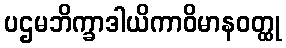
ပဌမဘိက္ခာဒါယိကာဝိမာနဝတ္ထု